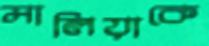
মালিয়াকে